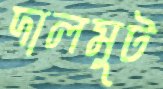
দালমুট